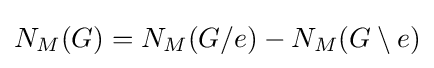
N_{M}(G)=N_{M}(G/e)-N_{M}(G\setminus e)